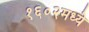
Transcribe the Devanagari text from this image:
१६०२मध्ये